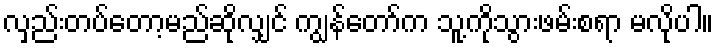
လှည်းတပ်တော့မည်ဆိုလျှင် ကျွန်တော်က သူ့ကိုသွားဖမ်းစရာ မလိုပါ။